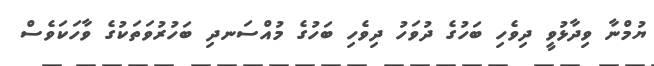
ޔުމްނާ ވިދާޅުވީ ދިވެހި ބަހުގެ ދުވަހު ދިވެހި ބަހުގެ މުއްސަނދި ބަހުރުވަތަކުގެ ވާހަކަވެސް